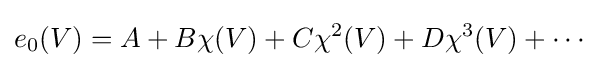
e_{0}(V)=A+B\chi (V)+C\chi ^{2}(V)+D\chi ^{3}(V)+\cdots